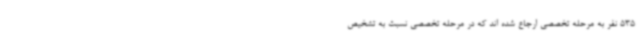
535 نفر به مرحله تخصصی ارجاع شده اند که در مرحله تخصصی نسبت به تشخیص